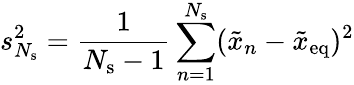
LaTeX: s_{N_{\mathrm{s}}}^{2}=\frac{1}{N_{\mathrm{s}}-1}\sum_{n=1}^{N_{\mathrm{s}}}(\tilde{x}_{n}-\tilde{x}_{\mathrm{eq}})^{2}